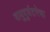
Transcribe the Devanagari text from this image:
वायुदुर्घटनेचा